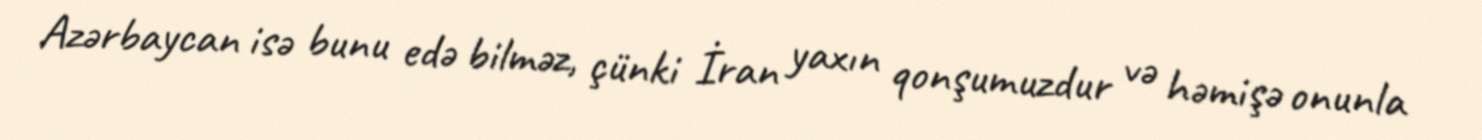
Azərbaycan isə bunu edə bilməz, çünki İran yaxın qonşumuzdur və həmişə onunla